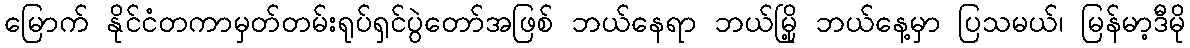
မြောက် နိုင်ငံတကာမှတ်တမ်းရုပ်ရှင်ပွဲတော်အဖြစ် ဘယ်နေရာ ဘယ်မြို့ ဘယ်နေ့မှာ ပြသမယ်၊ မြန်မာ့ဒီမို